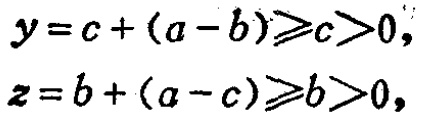
\[

\begin{align*}

y&=c+(a - b)\geqslant c>0,\\

z&=b+(a - c)\geqslant b>0,

\end{align*}

\]